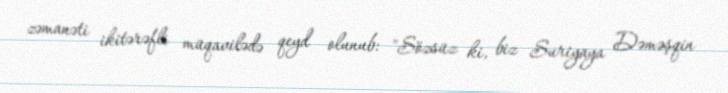
zəmanəti ikitərəfli müqavilədə qeyd olunub: "Sözsüz ki, biz Suriyaya Dəməşqin